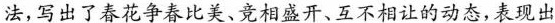
法，写出了春花争春比美.互相盛开、互不相让的动态,表现出